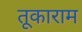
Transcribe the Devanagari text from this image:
तूकाराम